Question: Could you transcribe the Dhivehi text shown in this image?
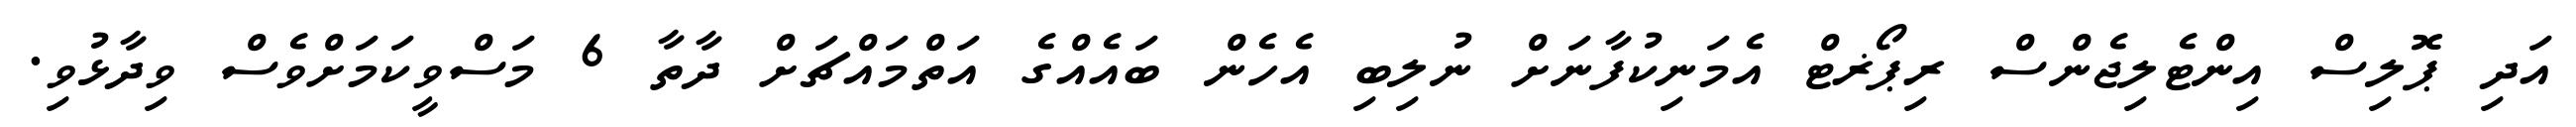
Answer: އަދި ޕޮލިސް އިންޓެލިޖެންސް ރިޕޯޜޓް އެމަނިކުފާނަށް ނުލިބި އެހެން ބައެއްގެ އަތްމައްޗަށް ދާތާ 6 މަސްވީކަމަށްވެސް ވިދާޅުވި.